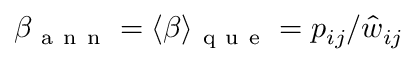
\beta _ { \mathrm { ~ a ~ n ~ n ~ } } = \langle \beta \rangle _ { \mathrm { ~ q ~ u ~ e ~ } } = p _ { i j } / \hat { w } _ { i j }